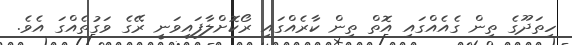
ހިތަދޫގެ ތިން ގެއެއްގައި އޮތް ތިން ކާރެއްގައި ރޯކޮށްލާފައިވަނީ ރޭގެ ވަގުތެއްގަ އެވެ.